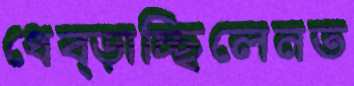
ধেব্‌ড়াচ্ছিলেনত